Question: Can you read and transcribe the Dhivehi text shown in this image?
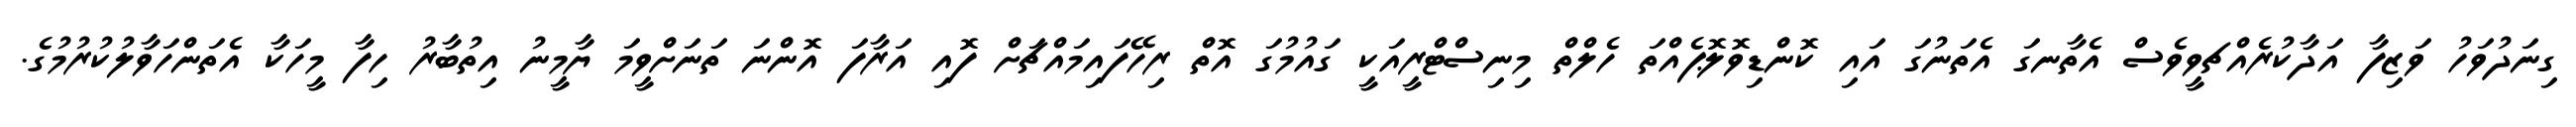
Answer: ގިނަދުވަހު ވަޒިފާ އަދާކުރެއްޗވީވެސް އެތާނގަ އެތަނުގަ އައި ކޮންޑިވޮލޮޕެއްތަ ހެލްތް މިނިސްޓްރީއަކީ ގައުމުގަ އޮތް ރިހޭފައިމައްޗަށް ފޮއި އަރާފަ އޮންނަ ތަނަށްވީމަ ޔާމީނު އިތުބާރު ހިފާ މީހަކާ އެތަންހަވާލުކުރުމުގެ.